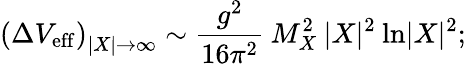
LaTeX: \left(\Delta V_{\mathrm{eff}}\right)_{|X|\rightarrow\infty}\sim{\frac{g^{2}}{16\pi^{2}}}\: M_{X}^{2}\: |X|^{2}\: \mathrm{ln}|X|^{2};